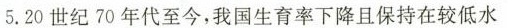
5.20世纪70年代至今，我国生育率下降且保持在较低水